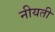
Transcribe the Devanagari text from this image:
नीयती